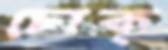
চোক্‌